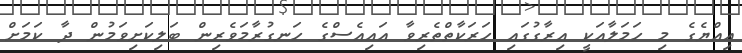
އިއްޔެގެ މި ހަމަލާއަކީ އިރާގުގައި ހަރަކާތްތެރިވާ އައިއެސްގެ ހަނގުރާމަވެރިން ބަލިކަށިވަމުން ދާ ކަމަށް